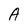
Character: A